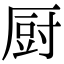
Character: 厨